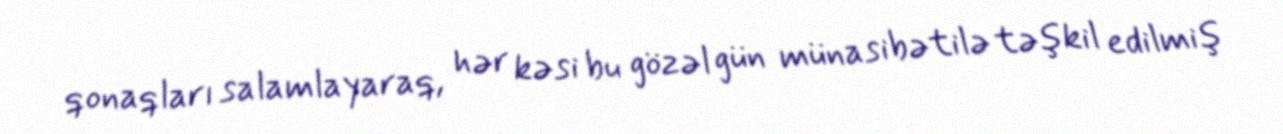
qonaqları salamlayaraq, hər kəsi bu gözəl gün münasibətilə təşkil edilmiş